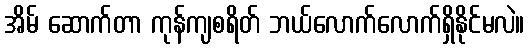
အိမ် ဆောက်တာ ကုန်ကျစရိတ် ဘယ်လောက်လောက်ရှိနိုင်မလဲ။